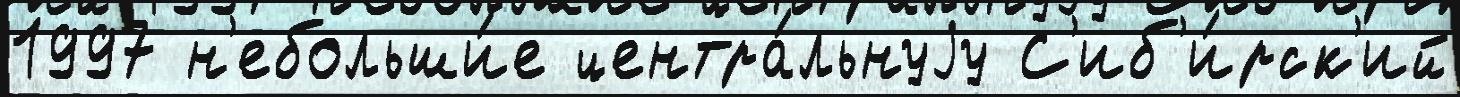
1997 н'ебольши́е центра́льнуjу С'иб'и́рск'ий